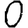
Digit: 0